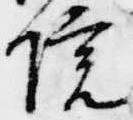
院